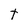
Character: t